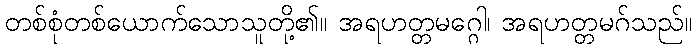
တစ်စုံတစ်ယောက်သောသူတို့၏။ အရဟတ္တမဂ္ဂေါ၊ အရဟတ္တမဂ်သည်။